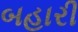
બહારી